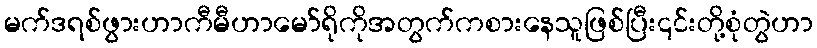
မက်ဒရစ်ဖွားဟာကီမီဟာမော်ရိုကိုအတွက်ကစားနေသူဖြစ်ပြီး၎င်းတို့စုံတွဲဟာ